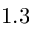
1 . 3